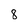
Character: 8